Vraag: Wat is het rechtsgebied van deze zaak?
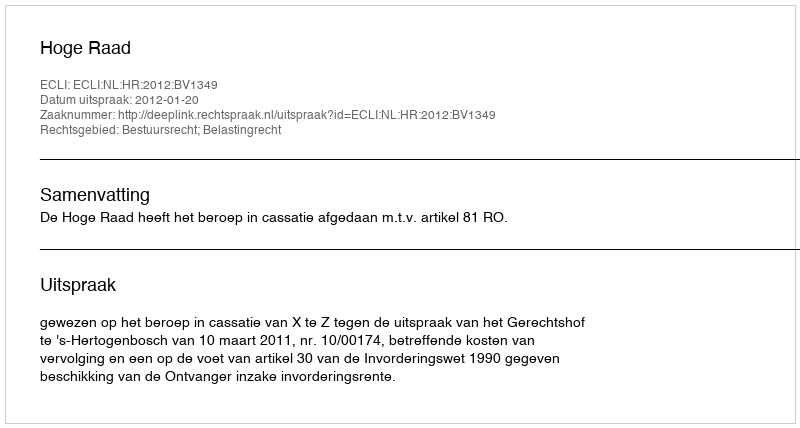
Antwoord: Bestuursrecht; Belastingrecht